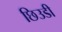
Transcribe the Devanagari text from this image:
छिउडी